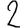
Digit: 2